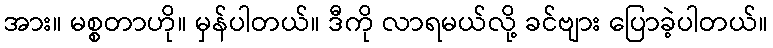
အား။ မစ္စတာဟို။ မှန်ပါတယ်။ ဒီကို လာရမယ်လို့ ခင်ဗျား ပြောခဲ့ပါတယ်။